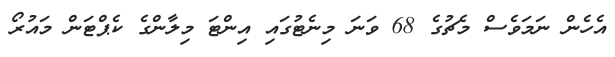
އެހެން ނަމަވެސް މެޗުގެ 68 ވަނަ މިނެޓުގައި އިންޓަ މިލާންގެ ކެޕްޓަން މައުރޯ